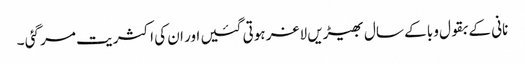
نانی کے بقول وبا کے سال بھیڑیں لاغر ہوتی گئیں اور ان کی اکثریت مر گئی ۔